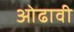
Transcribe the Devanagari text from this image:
ओढावी